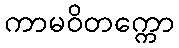
ကာမဝိတက္ကော